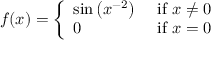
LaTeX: f ( x ) = { \left\{ \begin{array} { l l } { \sin \left( x ^ { - 2 } \right) } & { { \mathrm { ~ i f ~ } } x \neq 0 } \\ { 0 } & { { \mathrm { ~ i f ~ } } x = 0 } \end{array} \right. }